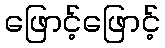
ဖြောင့်ဖြောင့်